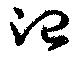
治